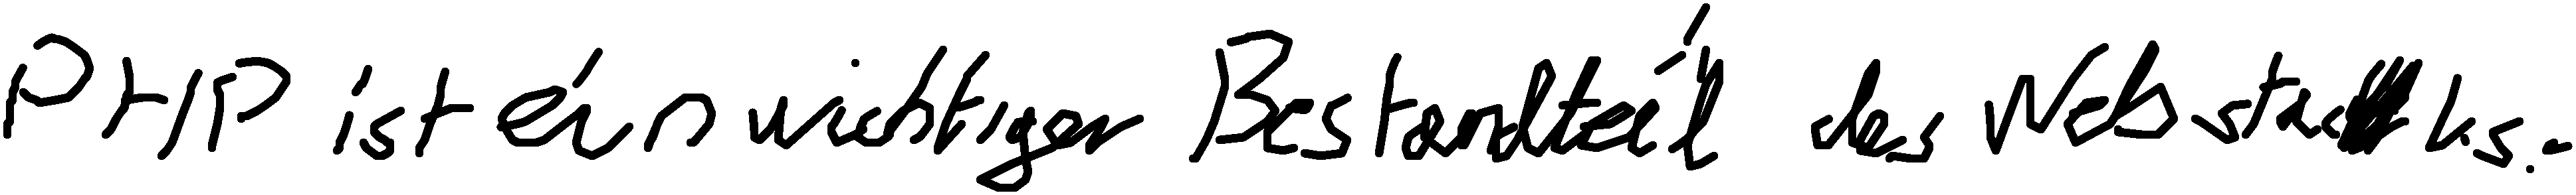
PHP ist ein wichtiger Bestandteil des Webstacks.